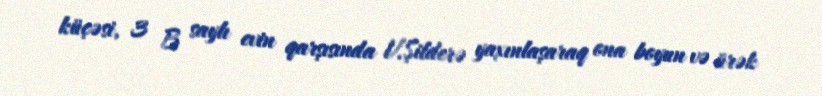
küçəsi, 3 B saylı evin qarşısında V.Şilderə yaxınlaşaraq ona boyun və ürək